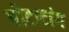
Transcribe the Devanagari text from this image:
वोटाटांग